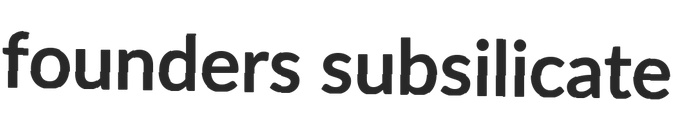
founders subsilicate